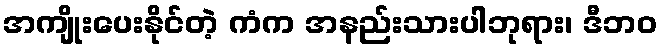
အကျိုးပေးနိုင်တဲ့ ကံက အနည်းသားပါဘုရား၊ ဒီဘဝ